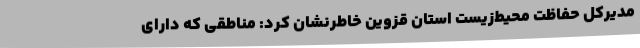
مدیرکل حفاظت محیط‌زیست استان قزوین خاطرنشان کرد: مناطقی که دارای